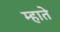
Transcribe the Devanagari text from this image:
म्हाते